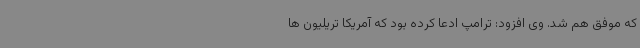
که موفق هم شد. وی افزود: ترامپ ادعا کرده بود که آمریکا تریلیون ها